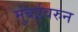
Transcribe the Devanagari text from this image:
मुंबईवरुन